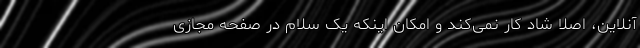
آنلاین، اصلا شاد کار نمی‌کند و امکان اینکه یک سلام در صفحه مجازی